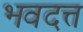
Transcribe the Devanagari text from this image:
भवदत्त